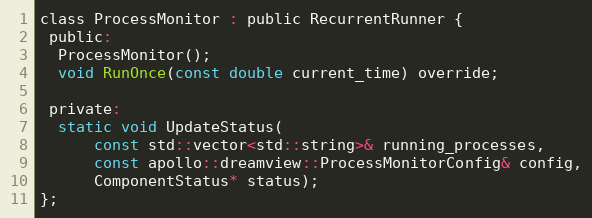
Language: C
class ProcessMonitor : public RecurrentRunner {
 public:
  ProcessMonitor();
  void RunOnce(const double current_time) override;

 private:
  static void UpdateStatus(
      const std::vector<std::string>& running_processes,
      const apollo::dreamview::ProcessMonitorConfig& config,
      ComponentStatus* status);
};